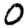
Digit: 0